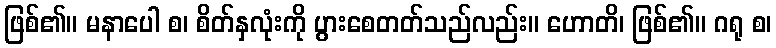
ဖြစ်၏။ မနာပေါ စ၊ စိတ်နှလုံးကို ပွားစေတတ်သည်လည်း။ ဟောတိ၊ ဖြစ်၏။ ဂရု စ၊